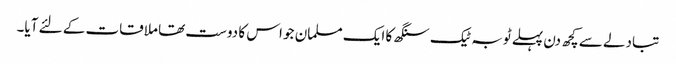
تبادلے سے کچھ دن پہلے ٹوبہ ٹیک سنگھ کا ایک مسلمان جو اس کا دوست تھا ملاقات کے لئے آیا۔